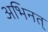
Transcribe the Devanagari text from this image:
अभिनत्